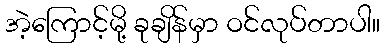
အဲ့ကြောင့်မို့ ခုချိန်မှာ ဝင်လုပ်တာပါ။